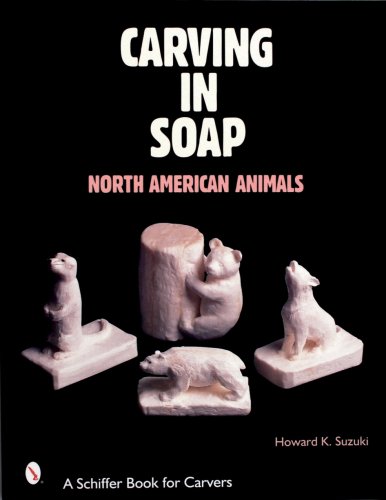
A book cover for Carving in Soap: North American Animals (Schiffer Book for Carvers); Howard K. Suzuki; Crafts, Hobbies & Home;